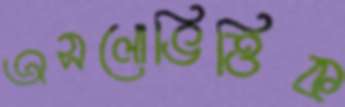
অসলোভিত্তিক